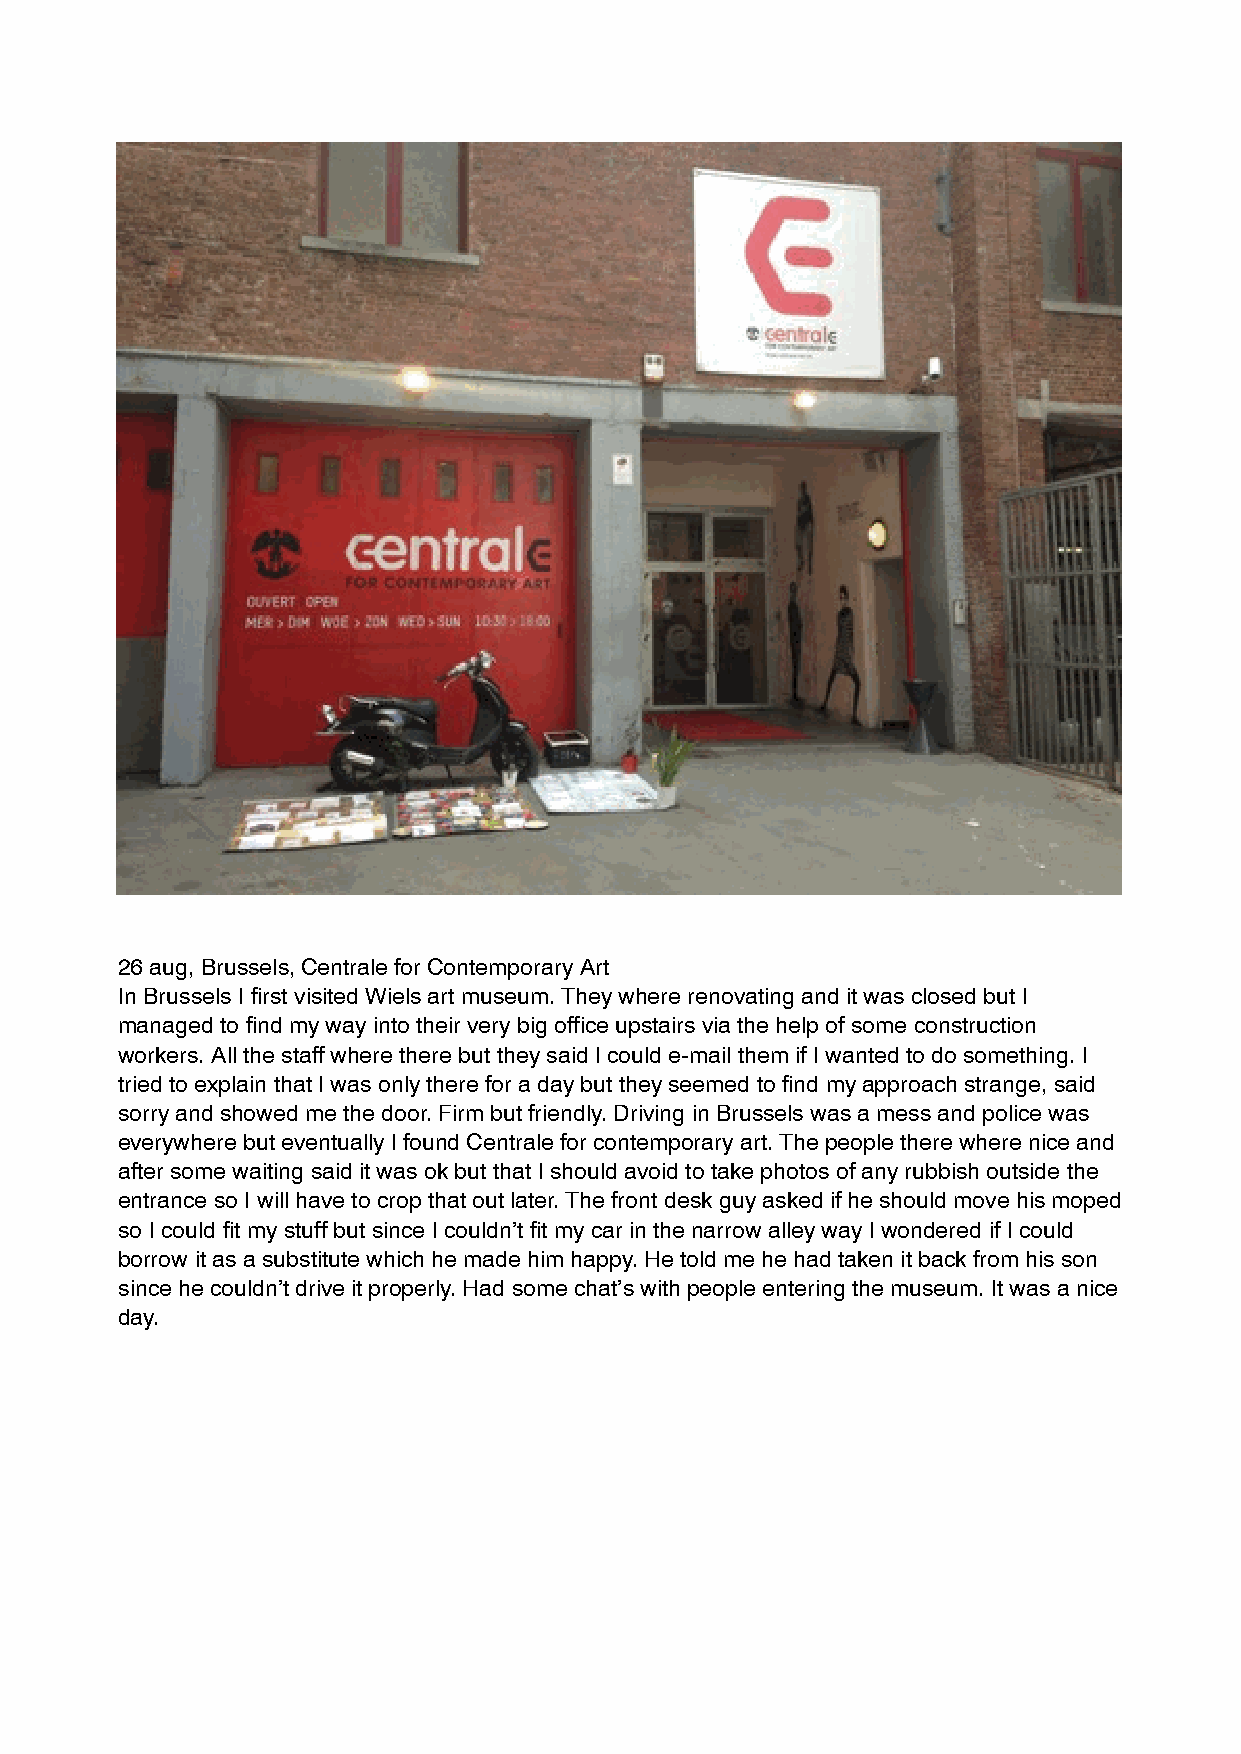
26 aug, Brussels, Centrale for Contemporary Art
 In Brussels I first visited Wiels art museum. They where renovating and it was closed but I
 managed to find my way into their very big office upstairs via the help of some construction
 workers. All the staff where there but they said I could e-mail them if I wanted to do something. I
 tried to explain that I was only there for a day but they seemed to find my approach strange, said
 sorry and showed me the door. Firm but friendly. Driving in Brussels was a mess and police was
 everywhere but eventually I found Centrale for contemporary art. The people there where nice and
 after some waiting said it was ok but that I should avoid to take photos of any rubbish outside the
 entrance so I will have to crop that out later. The front desk guy asked if he should move his moped
 so I could fit my stuff but since I couldn’t fit my car in the narrow alley way I wondered if I could
 borrow it as a substitute which he made him happy. He told me he had taken it back from his son
 since he couldn’t drive it properly. Had some chat’s with people entering the museum. It was a nice
 day.